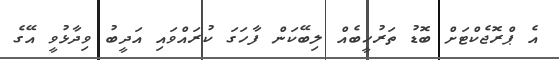
އެ ޕްރޮޖެކްޓަށް ބޮޑު ތަރުހީބެއް ލިބޭކަން ފާހަގަ ކުރައްވައި އަދީބު ވިދާޅުވީ އޭގެ